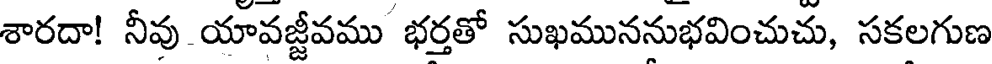
శారదా! నీవు యావజ్జీవము భర్తతో సుఖముననుభవించుచు, సకలగుణ